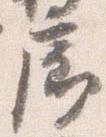
廊